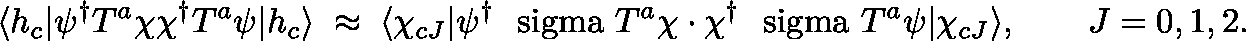
\langle h _ { c } | \psi ^ { \dagger } T ^ { a } \chi \chi ^ { \dagger } T ^ { a } \psi | h _ { c } \rangle \; \approx \; \langle \chi _ { c J } | \psi ^ { \dagger } \mathrm { \boldmath ~ \ s i g m a ~ } T ^ { a } \chi \cdot \chi ^ { \dagger } \mathrm { \boldmath ~ \ s i g m a ~ } T ^ { a } \psi | \chi _ { c J } \rangle , \qquad J = 0 , 1 , 2 .